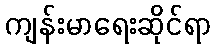
ကျန်းမာရေးဆိုင်ရာ